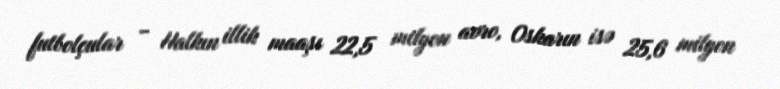
futbolçular - Halkın illik maaşı 22,5 milyon avro, Oskarın isə 25,6 milyon